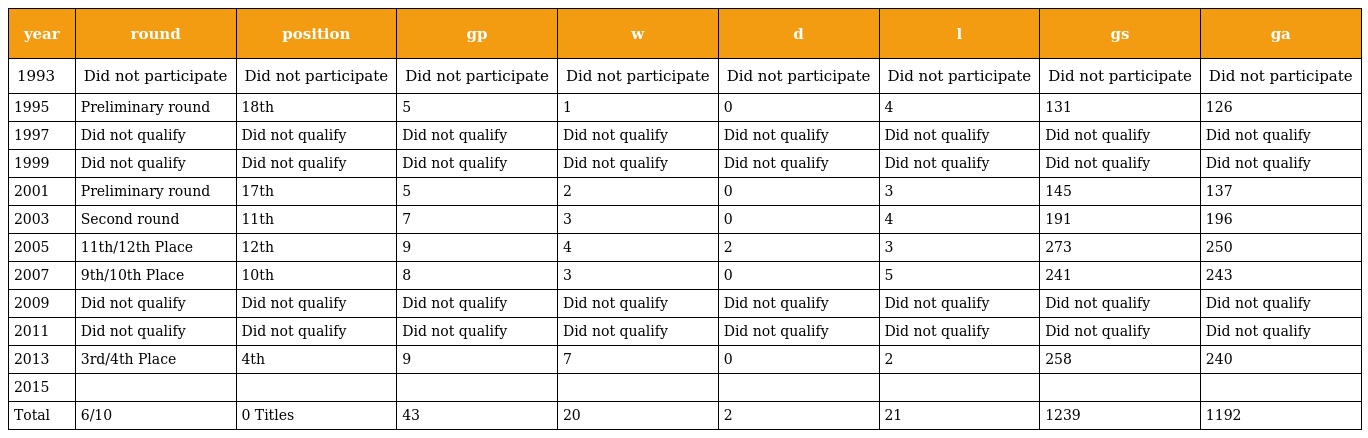
| year | round | position | gp | w | d | l | gs | ga |
 | --- | --- | --- | --- | --- | --- | --- | --- | --- |
 | 1993 | Did not participate | Did not participate | Did not participate | Did not participate | Did not participate | Did not participate | Did not participate | Did not participate |
 | 1995 | Preliminary round | 18th | 5 | 1 | 0 | 4 | 131 | 126 |
 | 1997 | Did not qualify | Did not qualify | Did not qualify | Did not qualify | Did not qualify | Did not qualify | Did not qualify | Did not qualify |
 | 1999 | Did not qualify | Did not qualify | Did not qualify | Did not qualify | Did not qualify | Did not qualify | Did not qualify | Did not qualify |
 | 2001 | Preliminary round | 17th | 5 | 2 | 0 | 3 | 145 | 137 |
 | 2003 | Second round | 11th | 7 | 3 | 0 | 4 | 191 | 196 |
 | 2005 | 11th/12th Place | 12th | 9 | 4 | 2 | 3 | 273 | 250 |
 | 2007 | 9th/10th Place | 10th | 8 | 3 | 0 | 5 | 241 | 243 |
 | 2009 | Did not qualify | Did not qualify | Did not qualify | Did not qualify | Did not qualify | Did not qualify | Did not qualify | Did not qualify |
 | 2011 | Did not qualify | Did not qualify | Did not qualify | Did not qualify | Did not qualify | Did not qualify | Did not qualify | Did not qualify |
 | 2013 | 3rd/4th Place | 4th | 9 | 7 | 0 | 2 | 258 | 240 |
 | 2015 |  |  |  |  |  |  |  |  |
 | Total | 6/10 | 0 Titles | 43 | 20 | 2 | 21 | 1239 | 1192 |